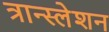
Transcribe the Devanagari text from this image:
त्रान्स्लेशन